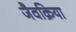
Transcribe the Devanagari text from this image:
जैवक्रिया